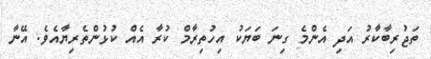
ތަޖުރިބާކާރު އަދި އެންމެ ގިނަ ބަޔަކު އިހުތިރާމް ކުރާ އެއް ކުޅުންތެރިޔާއެވެ. އޭނާ